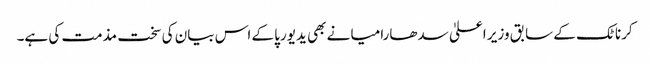
کرناٹک کے سابق وزیر اعلیٰ سدھارامیا نے بھی یدیورپا کے اس بیان کی سخت مذمت کی ہے۔